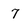
Character: 7